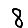
Digit: 8